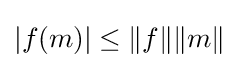
|f(m)|\leq \|f\|\|m\|